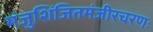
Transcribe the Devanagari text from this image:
मंजुशिंजितमंजीरचरणः